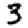
Digit: 3